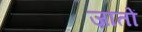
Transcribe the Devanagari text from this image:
ज़ातों